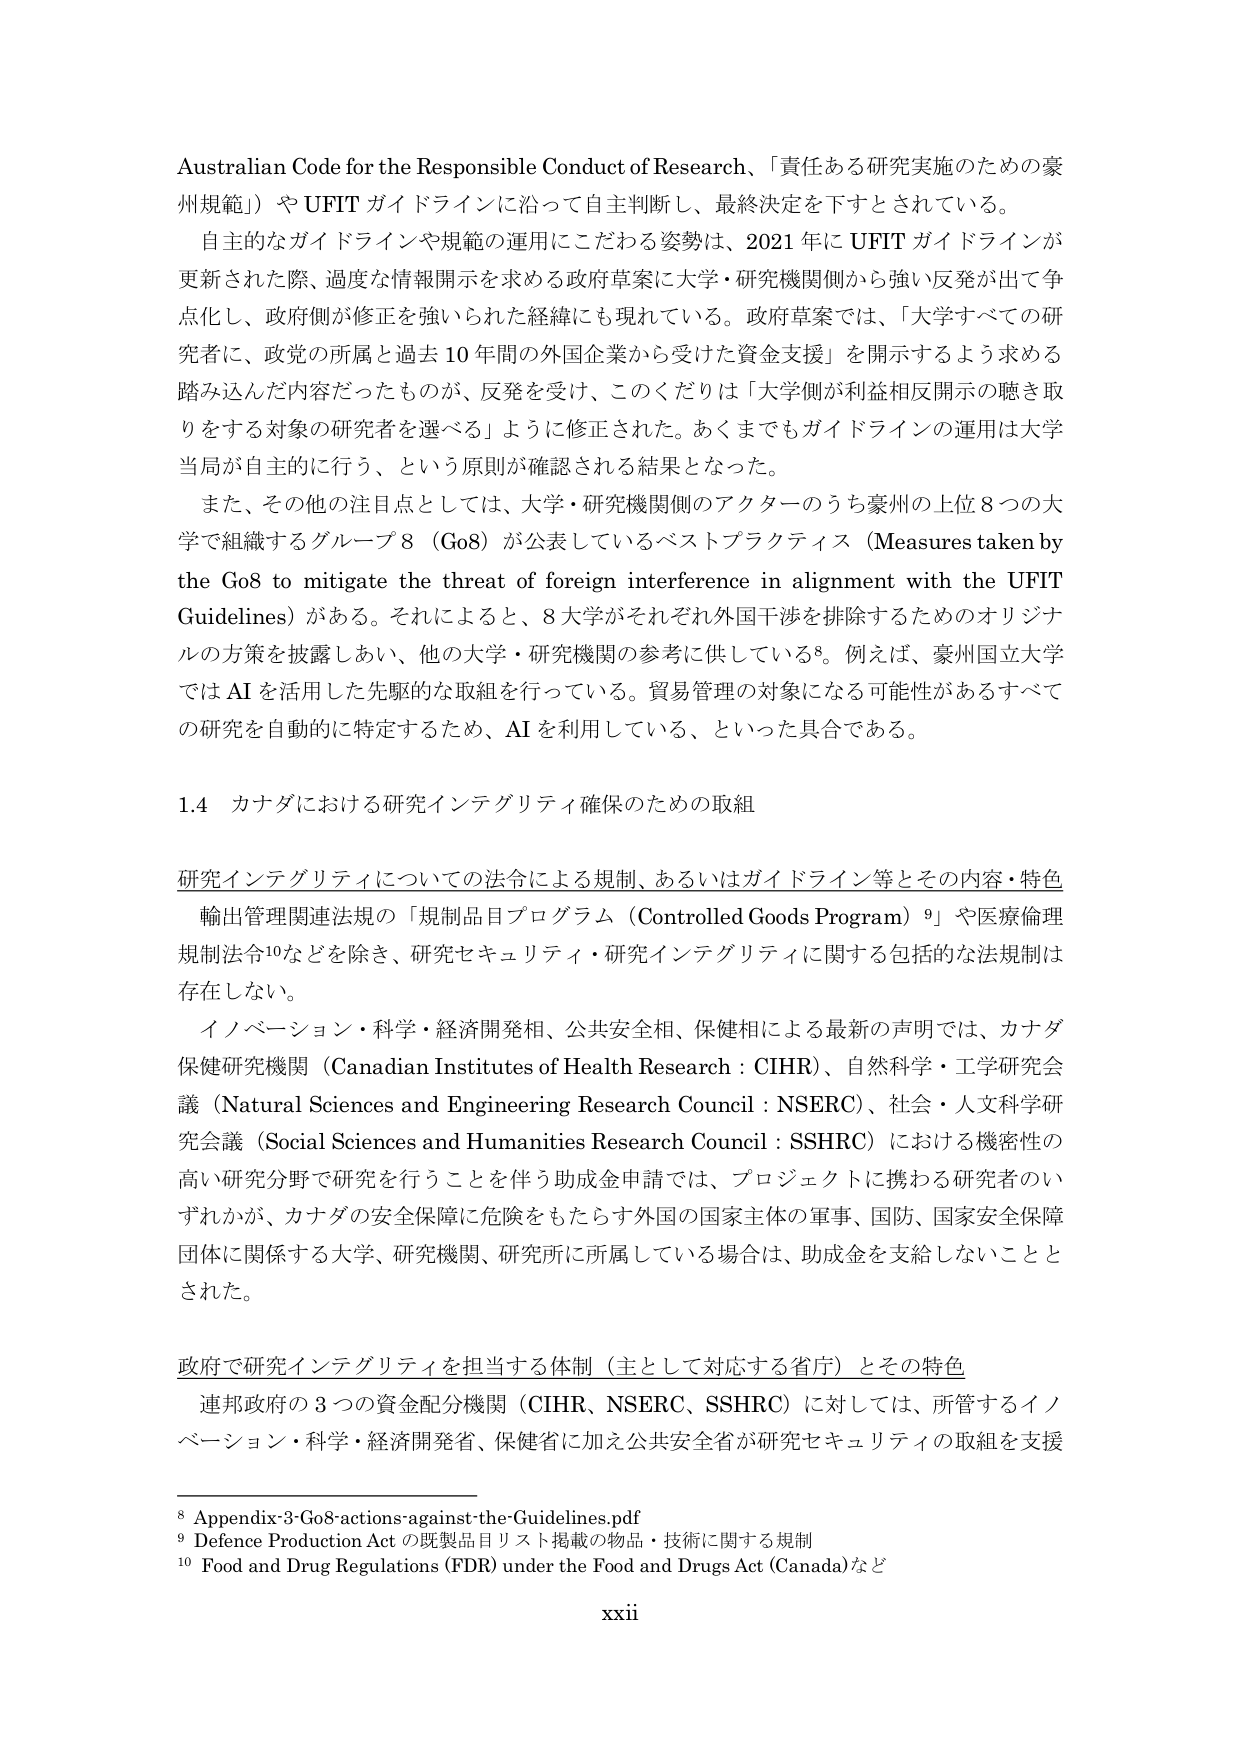
Australian Code for the Responsible Conduct of Research、「責任ある研究実施のための豪州規範」）や UFIT ガイドラインに沿って自主判断し、最終決定を下すとされている。

自主的なガイドラインや規範の運用にこだわる姿勢は、2021 年に UFIT ガイドラインが更新された際、過度な情報開示を求める政府草案に大学・研究機関側から強い反発が出て争点化し、政府側が修正を強いられた経緯にも現れている。政府草案では、「大学すべての研究者に、政党の所属と過去 10 年間の外国企業から受けた資金支援」を開示するよう求める踏み込んだ内容だったものが、反発を受け、このくだりは「大学側が利益相反開示の聴き取りをする対象の研究者を選べる」ように修正された。あくまでもガイドラインの運用は大学当局が自主的に行う、という原則が確認される結果となった。

また、その他の注目点としては、大学・研究機関側のアクターのうち豪州の上位 8 つの大学で組織するグループ 8（Go8）が公表しているベストプラクティス（Measures taken by the Go8 to mitigate the threat of foreign interference in alignment with the UFIT Guidelines）がある。それによると、8 大学がそれぞれ外国干渉を排除するためのオリジナルの方策を披露しあい、他の大学・研究機関の参考に供している⁸。例えば、豪州国立大学では AI を活用した先駆的な取組を行っている。貿易管理の対象になる可能性があるすべての研究を自動的に特定するため、AI を利用している、といった具合である。

1.4 カナダにおける研究インテグリティ確保のための取組

研究インテグリティについての法令による規制、あるいはガイドライン等とその内容・特色

輸出管理関連法規の「規制品目プログラム（Controlled Goods Program）⁹」や医療倫理規制法令¹⁰などを除き、研究セキュリティ・研究インテグリティに関する包括的な法規制は存在しない。

イノベーション・科学・経済開発相、公共安全相、保健相による最新の声明では、カナダ保健研究機関（Canadian Institutes of Health Research：CIHR）、自然科学・工学研究会議（Natural Sciences and Engineering Research Council：NSERC）、社会・人文科学研究会議（Social Sciences and Humanities Research Council：SSHRC）における機密性の高い研究分野で研究を行うことを伴う助成金申請では、プロジェクトに携わる研究者のいずれかが、カナダの安全保障に危険をもたらす外国の国家主体の軍事、国防、国家安全保障団体に関係する大学、研究機関、研究所に所属している場合は、助成金を支給しないこととされた。

政府で研究インテグリティを担当する体制（主として対応する省庁）とその特色

連邦政府の 3 つの資金配分機関（CIHR、NSERC、SSHRC）に対しては、所管するイノベーション・科学・経済開発省、保健省に加え公共安全省が研究セキュリティの取組を支援

⁸ Appendix-3-Go8-actions-against-the-Guidelines.pdf
⁹ Defence Production Act の既製品目リスト掲載の物品・技術に関する規制
¹⁰ Food and Drug Regulations (FDR) under the Food and Drugs Act (Canada) など

xxii